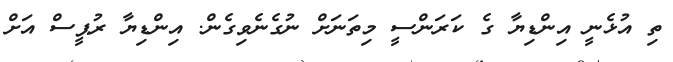
ތި އުޅެނީ އިންޑިޔާ ގެ ކަރަންސީ މިތަނަށް ނުގެނެވިގެން. އިންޑިޔާ ރުޕީސް އަށް